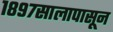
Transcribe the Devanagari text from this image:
१८९७सालापासून